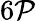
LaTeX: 6\mathcal{P}